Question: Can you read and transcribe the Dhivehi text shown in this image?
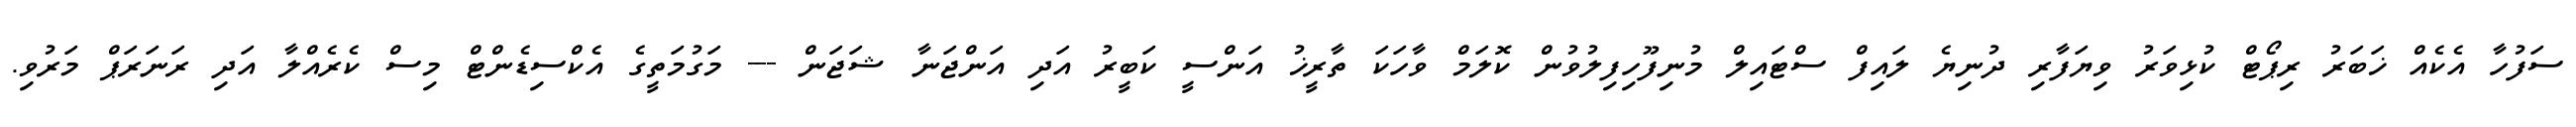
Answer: ސަފުހާ އެކެއް ޚަބަރު ރިޕޯޓް ކުޅިވަރު ވިޔަފާރި ދުނިޔެ ލައިފް ސްޓައިލް މުނިފޫހިފިލުވުން ކޮލަމް ވާހަކަ ތާރީޚު އަންސީ ކަބީރު އަދި އަންޖަނާ ޝަޖަން --- މަގުމަތީގެ އެކްސިޑެންޓް މިސް ކެރެއްލާ އަދި ރަނަރަޕް މަރުވި.